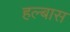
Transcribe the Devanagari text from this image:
हल्बास